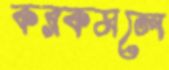
করকমলে